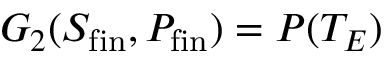
G _ { 2 } ( S _ { \mathrm { f i n } } , P _ { \mathrm { f i n } } ) = P ( T _ { E } )